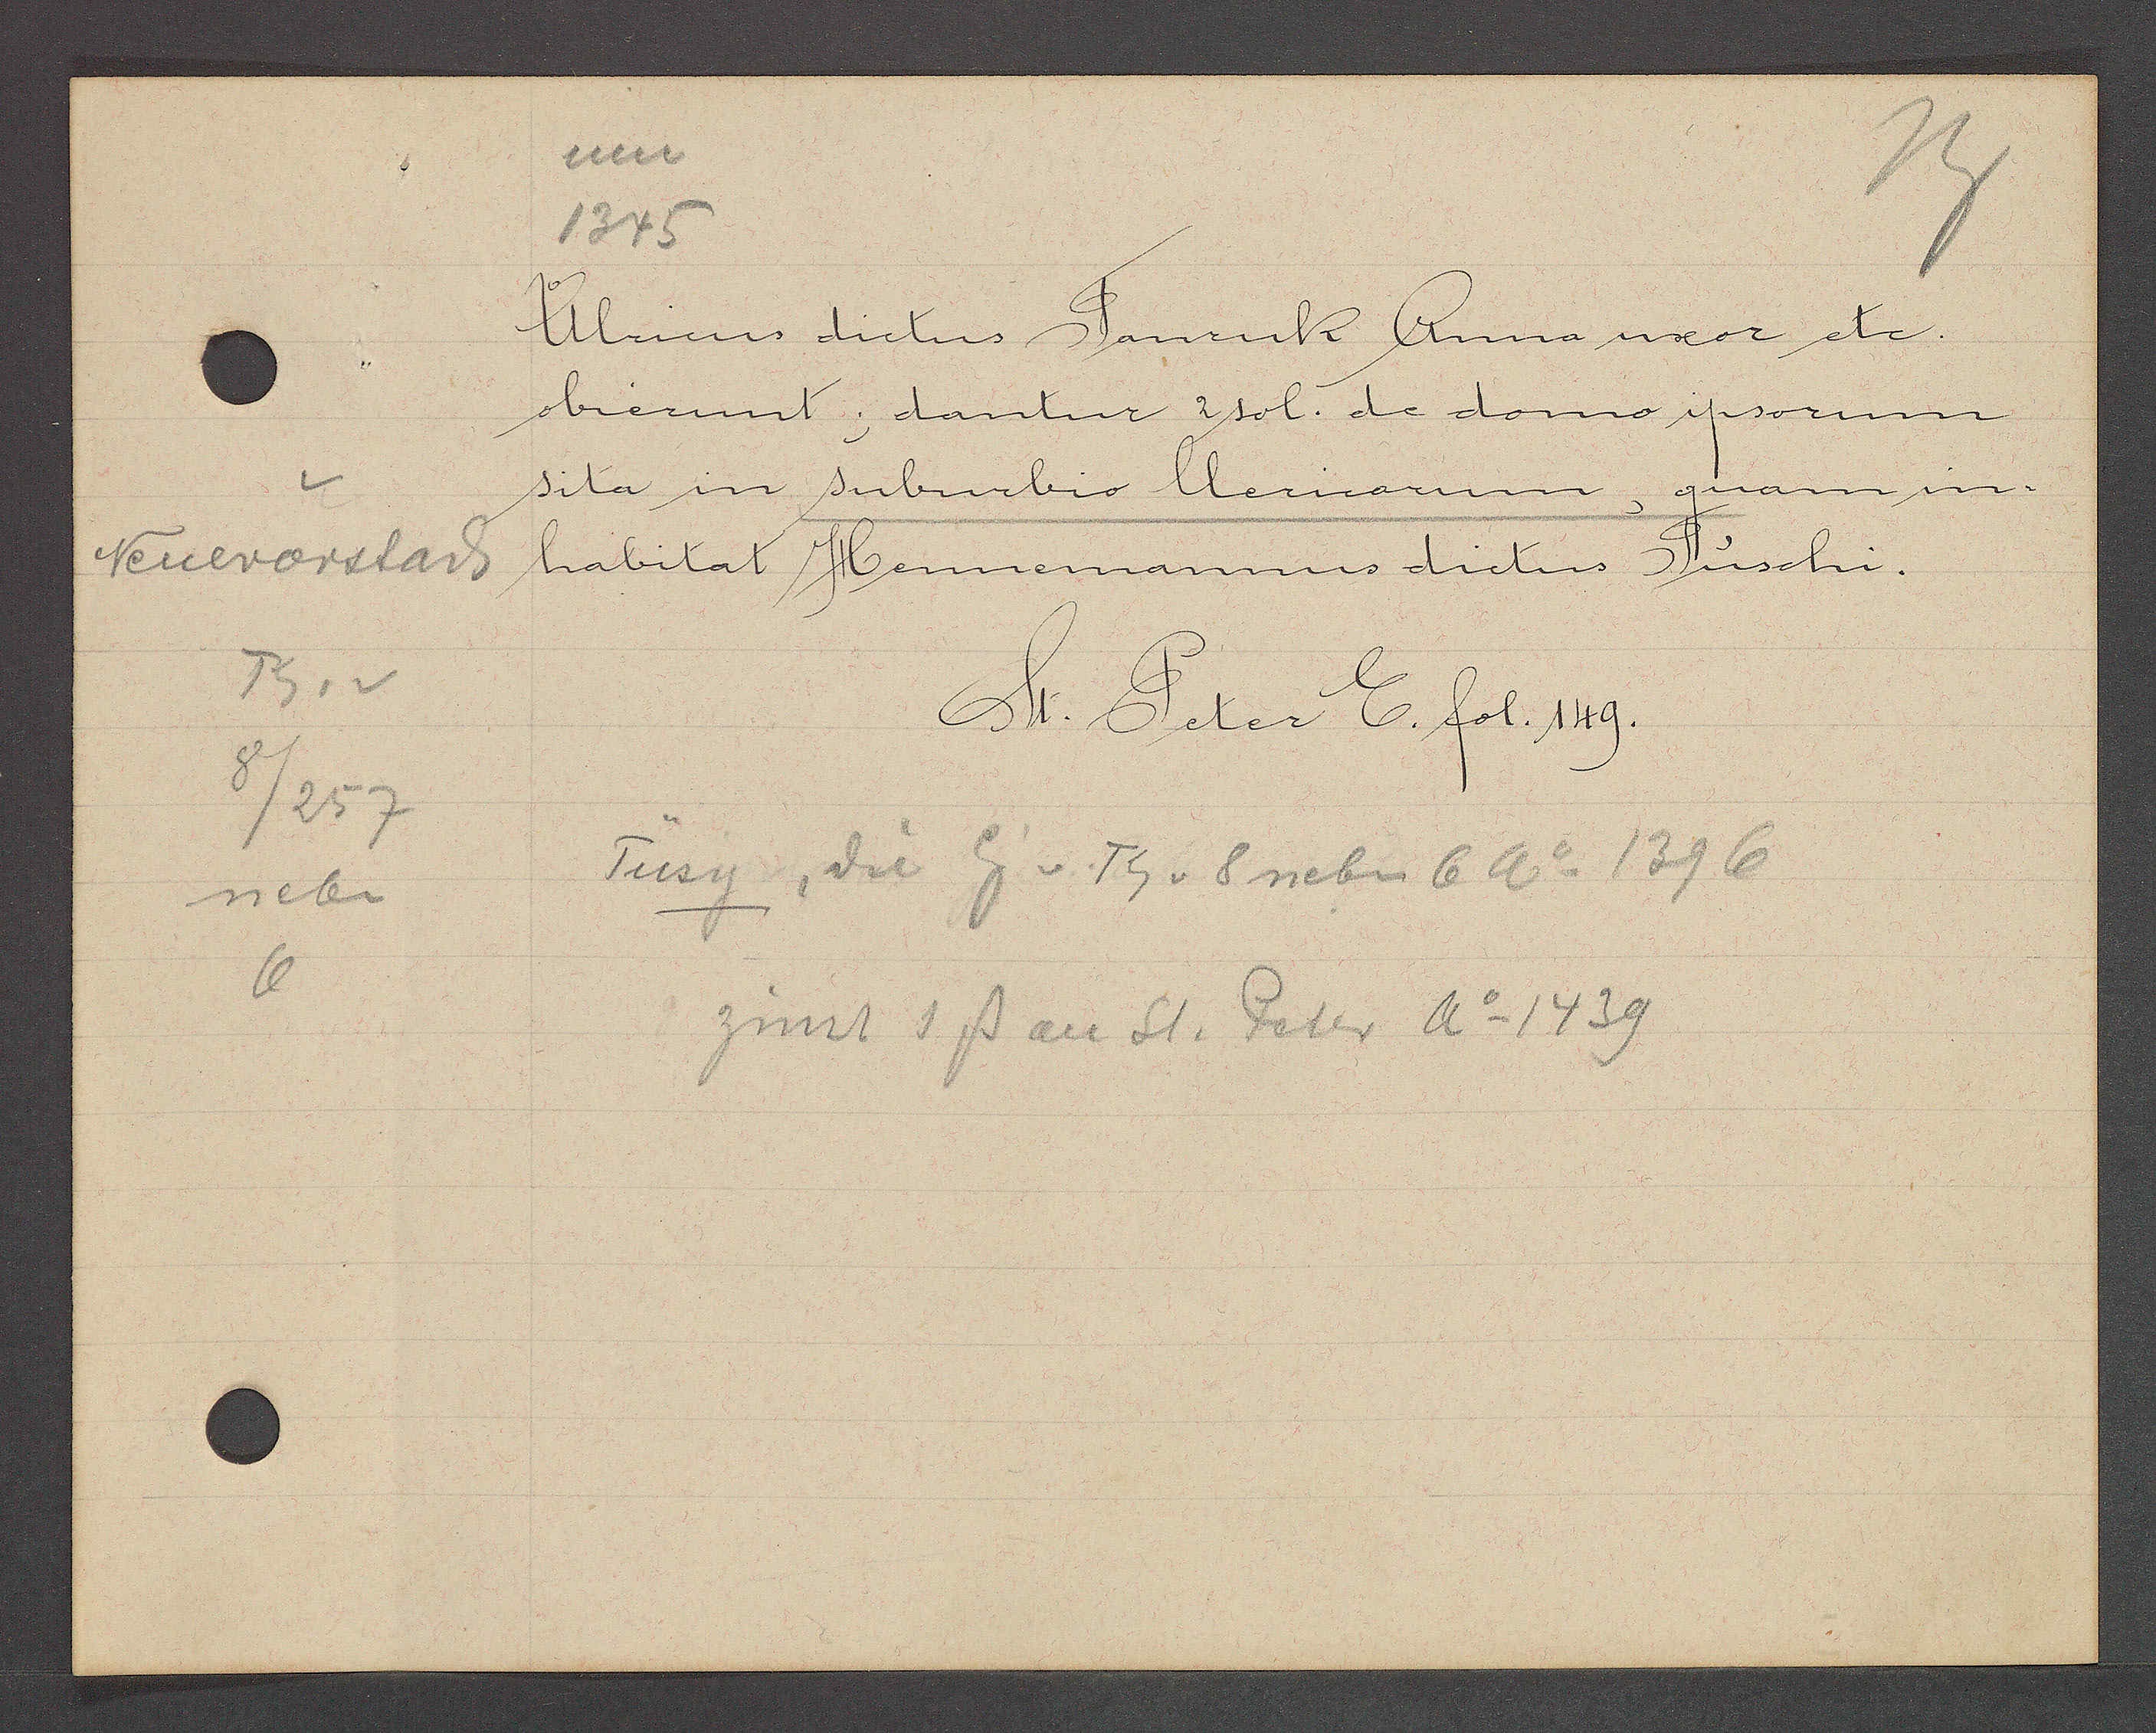
Transcript:
Nuevorstad.
Th. v
8/257
neben
6

um
1345

Ulricus dictus Tanruk Anna uxor etc.
obierunt; dantur 2 sol. de domo ipsorum
sita in suburbio clericarum, quam in-
habitat Hennemannus dictus Tüschi.

St. Peter E. fol. 149.

Tüsy, di Eig v. Th v 8 neben 6 Ao 1396
zinst 1ß an St. Peter Ao 1439